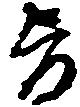
旨